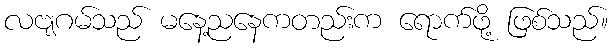
လဗျဂမ်သည် မနေ့ညနေကတည်းက ရောက်ဖို့ ဖြစ်သည်။